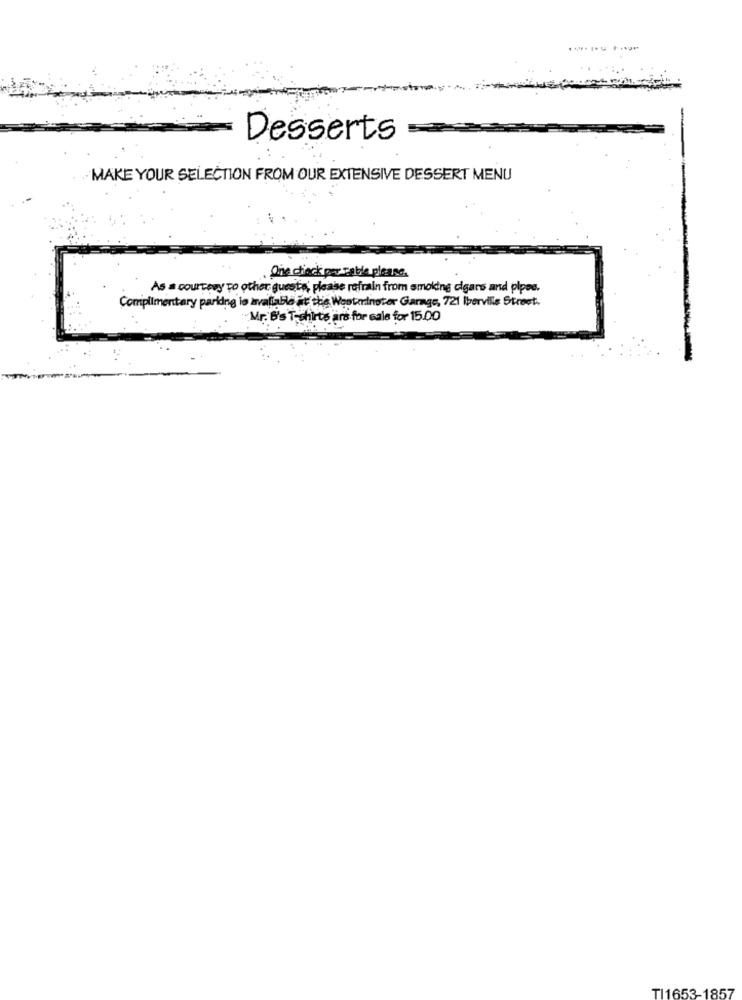
Desserts
MAKE YOUR SELECTION FROM OUR EXTENSIVE DESSERT MENU
One check por cable please.
As a courtery to other guests, please refrain from smoking cigars and pipes.
Complimentary paridne le avaliable at the Westanoter Garage, 721 Iberville Street.
Mr. B's T-shirte are for sale for 15.00
TI1653-1857